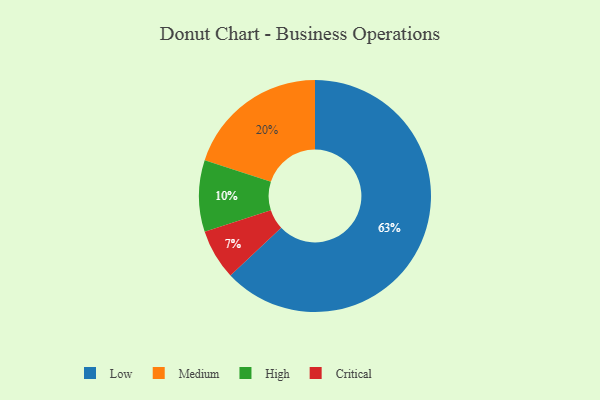
{"axis": {"x": "Category", "y": "Percentage"}, "legend": ["Critical", "High", "Low", "Medium"], "data": [{"x": "High", "y": 10, "type": "High"}, {"x": "Critical", "y": 7, "type": "Critical"}, {"x": "Low", "y": 63, "type": "Low"}, {"x": "Medium", "y": 20, "type": "Medium"}]}